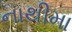
નાથીમા